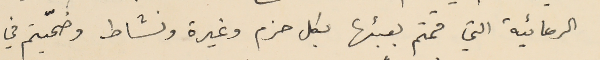
الرعائية التي قمتم بعبئها بكل حزم وغيرة ونشاط وضحيّتم في